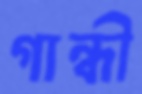
গান্ধী